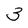
Character: 3